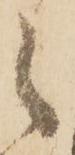
候